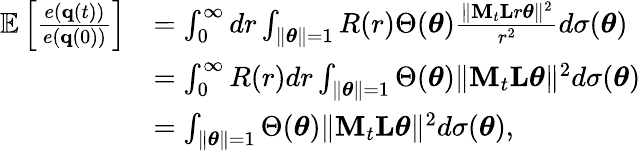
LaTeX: \begin{array}{rl}{\mathbb{E}\left[\frac{e({\mathbf q}(t))}{e({\mathbf q}(0))}\right]}&{=\int_{0}^{\infty}dr\int_{\| \boldsymbol{\theta}\| =1}R(r)\Theta(\boldsymbol{\theta})\frac{\| {\mathbf M}_{t}{\mathbf L}r\boldsymbol{\theta}\| ^{2}}{r^{2}}d\sigma(\boldsymbol{\theta})}\\ &{=\int_{0}^{\infty}R(r)dr\int_{\| \boldsymbol{\theta}\| =1}\Theta(\boldsymbol{\theta})\| {\mathbf M}_{t}{\mathbf L}\boldsymbol{\theta}\| ^{2}d\sigma(\boldsymbol{\theta})}\\ &{=\int_{\| \boldsymbol{\theta}\| =1}\Theta(\boldsymbol{\theta})\| {\mathbf M}_{t}{\mathbf L}\boldsymbol{\theta}\| ^{2}d\sigma(\boldsymbol{\theta})\mathrm{,}}\end{array}